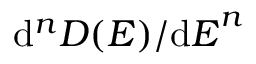
{ \mathrm { d } ^ { n } D ( E ) } / { { \mathrm { d } E } ^ { n } }